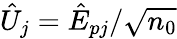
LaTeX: \hat{U}_{j}=\hat{E}_{pj}/\sqrt{n_{0}}